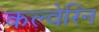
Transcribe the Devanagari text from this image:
कल्वेरिन